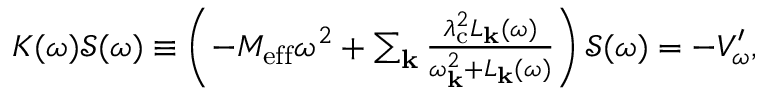
\begin{array} { r } { K ( \omega ) \mathcal { S } ( \omega ) \equiv \left( - M _ { \mathrm { e f f } } \omega ^ { 2 } + \sum _ { \mathbf { k } } \frac { \lambda _ { \mathrm { c } } ^ { 2 } L _ { \mathbf { k } } ( \omega ) } { \omega _ { \mathbf { k } } ^ { 2 } + L _ { \mathbf { k } } ( \omega ) } \right) \mathcal { S } ( \omega ) = - V _ { \omega } ^ { \prime } , } \end{array}